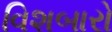
વિશબારો